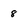
Character: 8